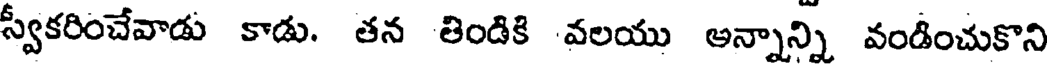
స్వీకరించేవాడు కాడు. తన తిండికి వలయు అన్నాన్ని వండించుకొని